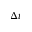
\Delta t